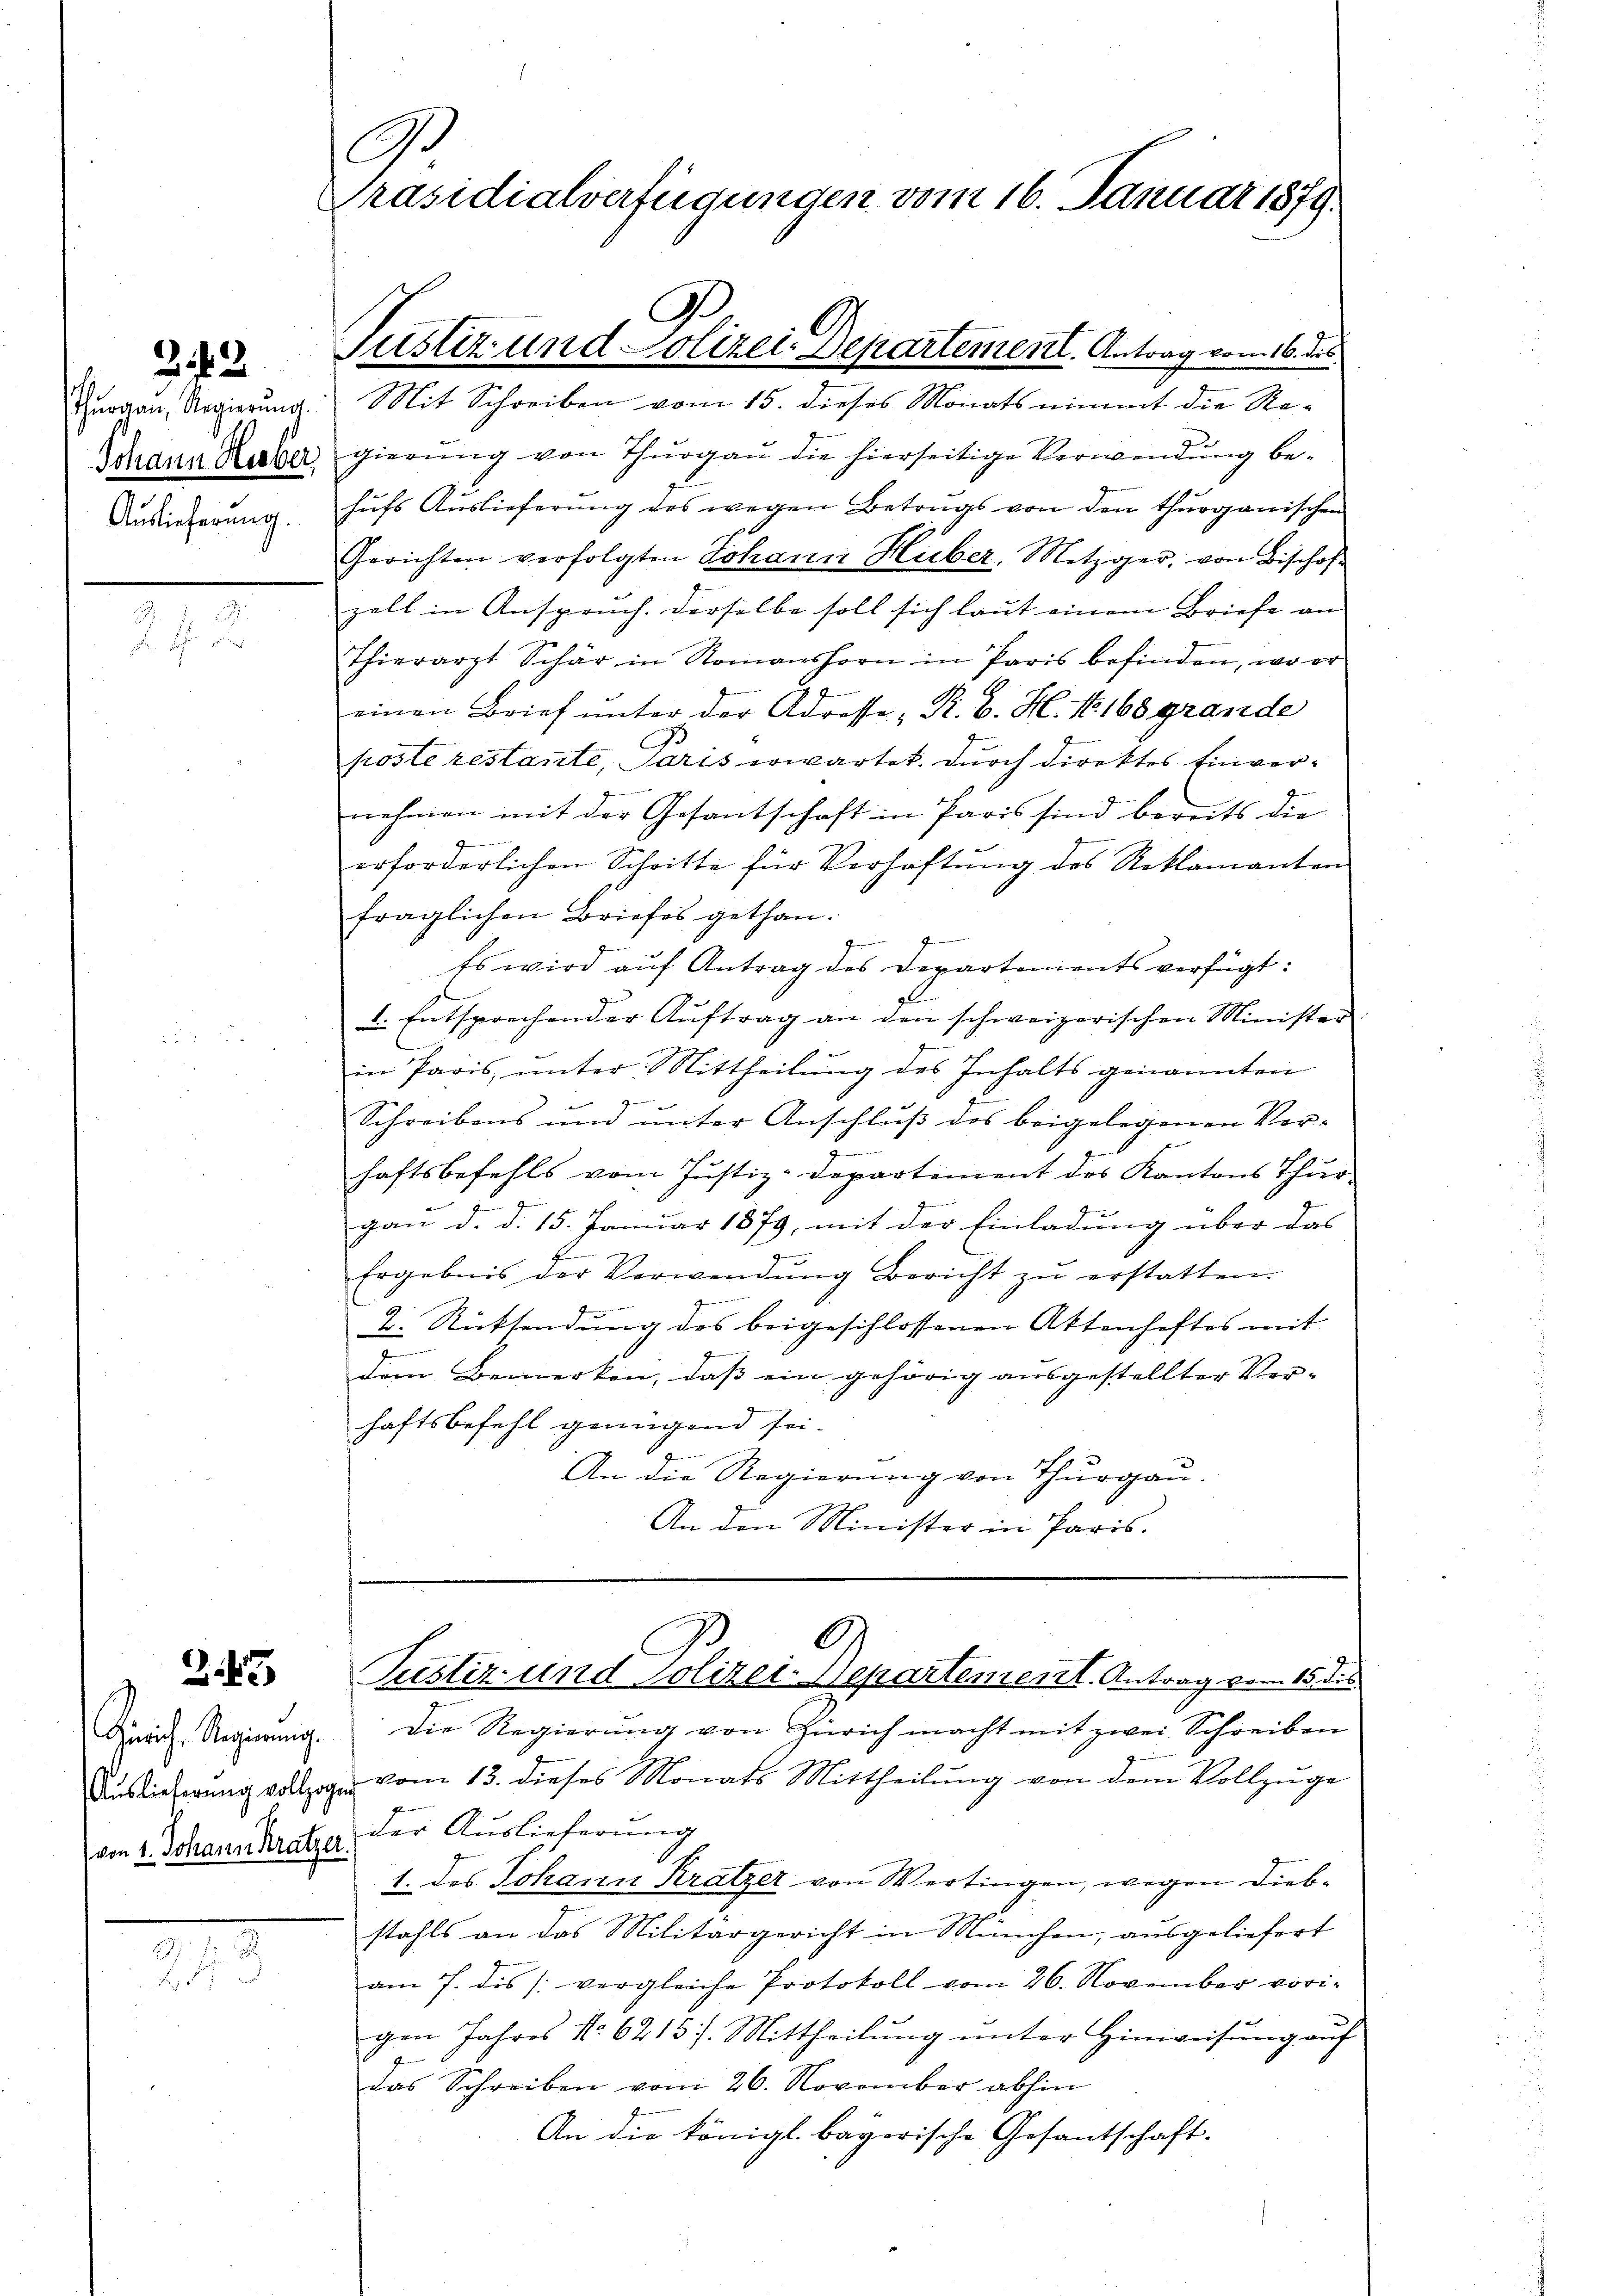
242

Thurgau, Regierŭng.
Johann Huber,
Auslieferung.

2

245

(von 1. Johann Kratzer.

.

A
Präsidialverfügungen vom 16. Januar 1879.
9

Justiz und Polizei-Departement. Antrag vom 16. ds.
Mit Schreiben vom 15. dieses Monats nimmt die Re-

2
gierung von Thurgau die hierseitige Verwendung behufs Auslieferung des wegen Betrugs von den thurganischen
Gerichten verfolgten Johann Huber, Metzger, von Bischof
zell in Anspruch. Derselbe soll sich laut einem Briefe an
Thierarzt Schär in Romanshorn in Paris befinden, wo er
einen Brief unter der Adresse „Pr. B. H. No. 168 grande
poste restante, Paris erwartet. Durch direktes Einvernehmen mit der Gesantschaft in Paris sind bereits die
erforderlichen Schritte für Verhaftŭng des Reklamanten
fraglichen Briefes gethan.
f
Es wird aŭf Antrag des Departements verfügt:
 Entsprechender Aŭftrag an den schweizerischen Minister
in Paris, unter Mittheilŭng des Inhalts genannten

Schreibens und unter Anschluß des beigelegenen Verhaftsbefehls vom Justiz-Departement des Kantons Thur
gan d. d. 15. Januar 1879, mit der Einladung über das
Ergebnis der Verwendŭng bericht zŭ erstatten.
g
2. Rücksendung des beigeschlossenen Aktenheftes mit
dem Bemerken, daß ein gehörig ausgestellter Ver-
haftsbefehl genügend sei.
An die Regierung von Thurgau.
An den Minister in Paris.

C
Justiz und Polizei-Nepartement. Antrag vom 15. des

Zürich. Rechnung. Die Regierung von Zürich macht mit zwei Schreiben
Auslieferung vollzogen vom 13. dieses Monats Mittheilŭng von dem Vollzuge
der Auslieferung
1. des Johann Kratzer von Wertingen, wegen Diebstahls an das Militärgericht in München, ausgeliefert
am 7. dis (vergleiche Protokoll vom 26. November vori-
gen Jahres No 62157. Mittheilung unter Hinweisung auf
das Schreiben vom 26. November abhin
An die königl. bayerische Gesantschaft-